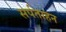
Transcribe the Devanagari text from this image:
सर्पताहन